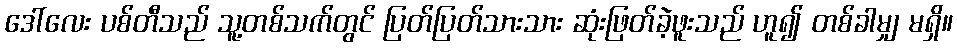
ဒေါ်လေး ပစ်တီသည် သူ့တစ်သက်တွင် ပြတ်ပြတ်သားသား ဆုံးဖြတ်ခဲ့ဖူးသည် ဟူ၍ တစ်ခါမျှ မရှိ။